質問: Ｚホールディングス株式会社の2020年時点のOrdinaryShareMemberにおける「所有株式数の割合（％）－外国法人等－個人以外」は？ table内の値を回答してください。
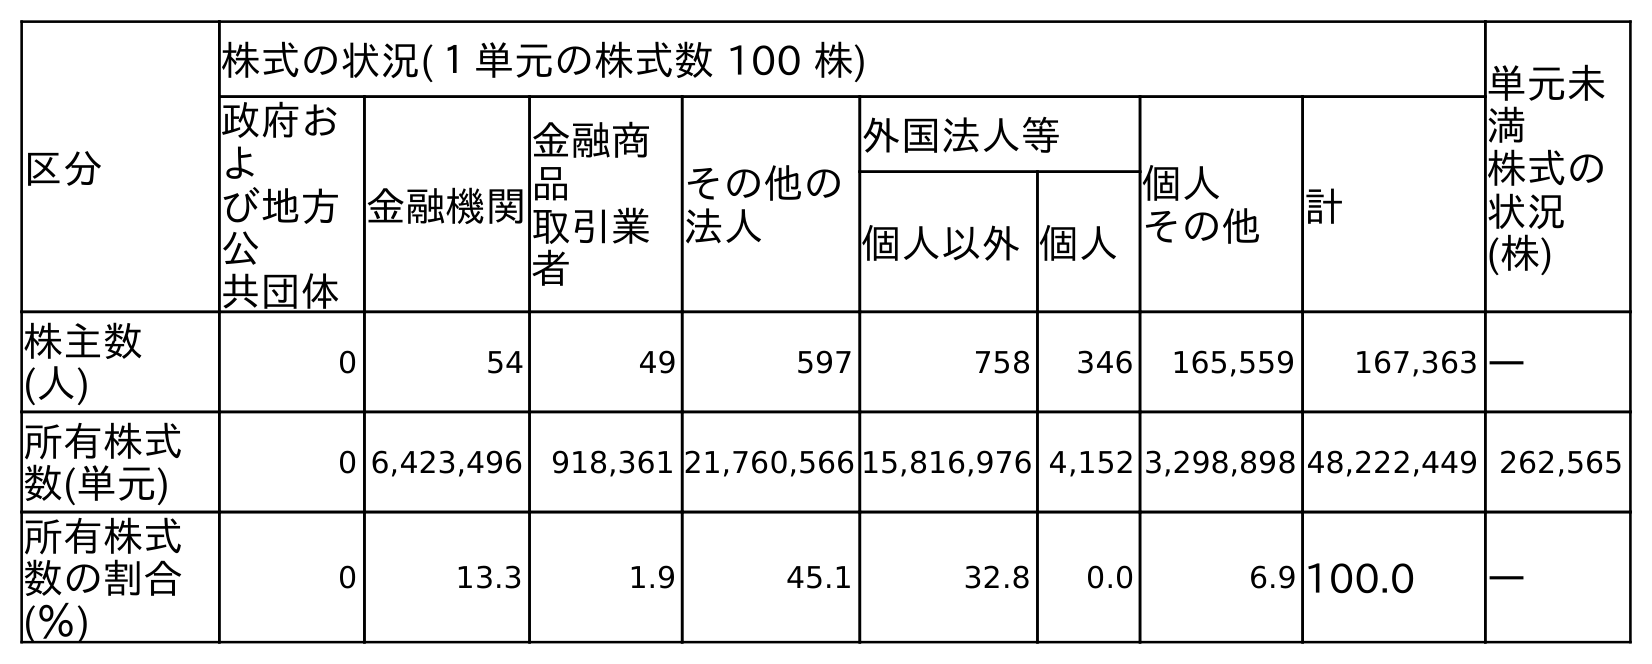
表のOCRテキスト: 区分 株式の状況(１単元の株式数 100 株) 単元未 満 株式の 状況 (株) 政府お よ び地方 公 共団体 金融機関 金融商 品 取引業 者 その他の 法人 外国法人等 個人 その他 計 個人以外個人 株主数 (人) 0 54 49 597 758 346 165,559 167,363 ― 所有株式 数(単元) 0 6,423,496 918,361 21,760,566 15,816,976 4,152 3,298,898 48,222,449 262,565 所有株式 数の割合 (％) 0 13.3 1.9 45.1 32.8 0.0 6.9 100.0 ―
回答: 32.8